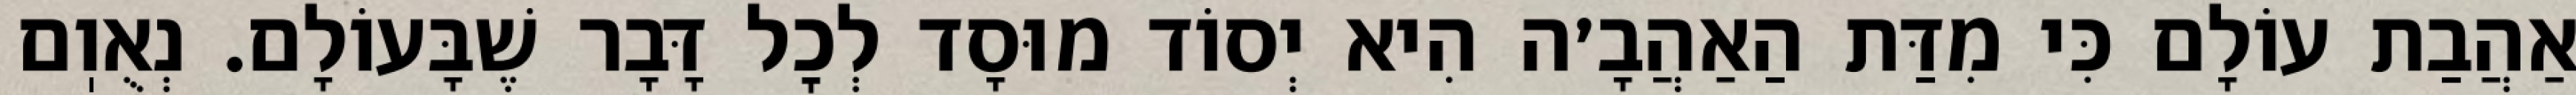
אַהֲבַת עוֹלָם כִּי מִדַּת הַאַהֲבָ׳ה הִיא יְסוֹד מוּסָד לְכׇל דָּבָר שֶׁבָּעוֹלָם. נְאֻוֽם